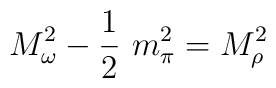
M_\omega^2 -\frac{1}{2}~m_\pi^2=M_\rho^2